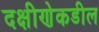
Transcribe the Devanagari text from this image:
दक्षीणेकडील